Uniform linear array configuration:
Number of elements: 64
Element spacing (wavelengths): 1
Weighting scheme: blackman
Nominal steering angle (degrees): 30
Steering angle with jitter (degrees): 31.534
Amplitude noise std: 0.05
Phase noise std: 0.05

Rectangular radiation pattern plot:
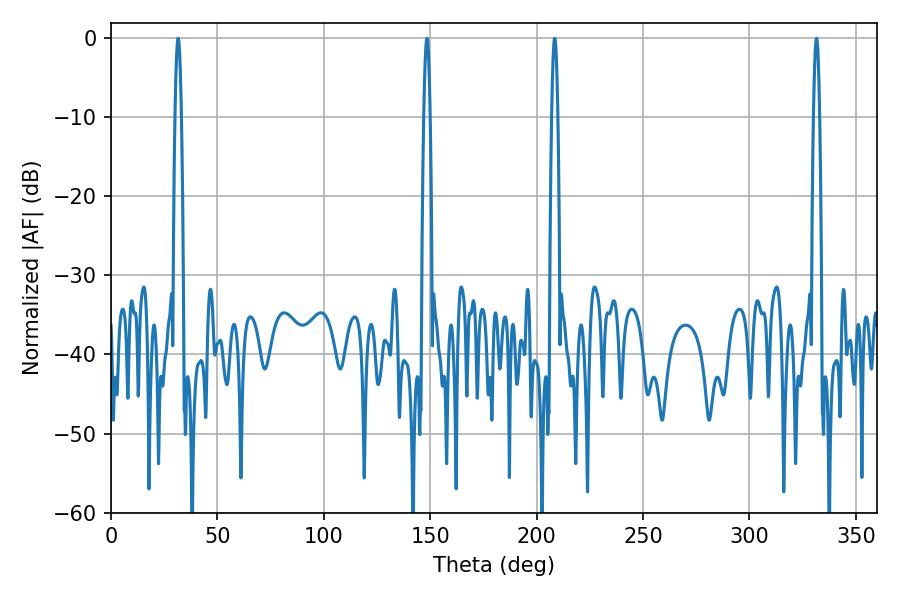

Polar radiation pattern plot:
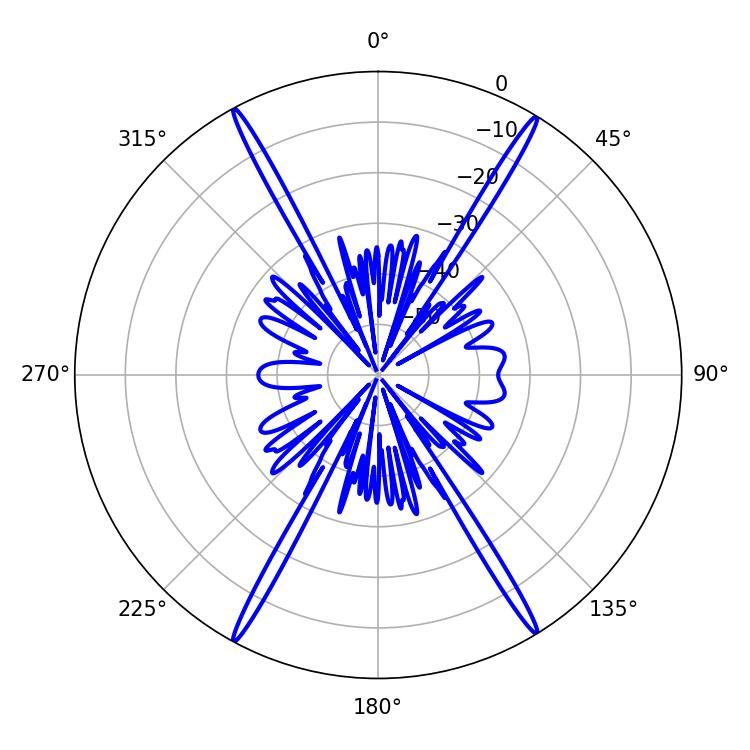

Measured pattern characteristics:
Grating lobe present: TRUE
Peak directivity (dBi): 27.139
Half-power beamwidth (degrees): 1.62
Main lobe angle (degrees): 148.5